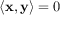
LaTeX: \langle \mathbf { x } , \mathbf { y } \rangle = 0